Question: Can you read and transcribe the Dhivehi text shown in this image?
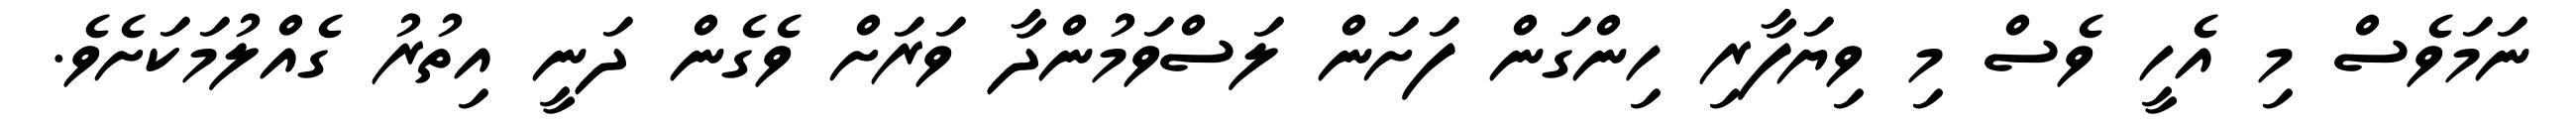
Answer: ނަމަވެސް މި އެހީ ވެސް މި ވިޔަފާރި ހިންގަން ފަށަން ލަސްވަމުންދާ ވަރަށް ވެގެން ދަނީ އިތުރު ގެއްލުމަކަށެވެ.